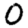
Digit: 0